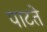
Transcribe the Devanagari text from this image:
पाटते